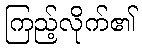
ကြည့်လိုက်၏